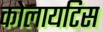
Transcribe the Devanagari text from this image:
कोलायटिस